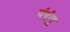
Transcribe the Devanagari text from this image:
पंरंतु